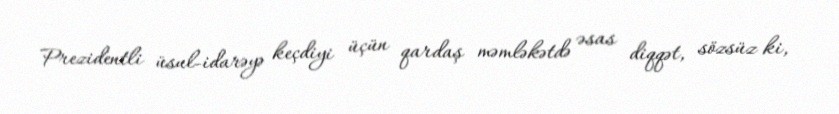
Prezidentli üsul-idarəyə keçdiyi üçün qardaş məmləkətdə əsas diqqət, sözsüz ki,